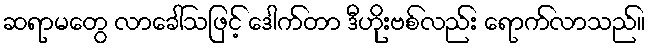
ဆရာမတွေ လာခေါ်သဖြင့် ဒေါက်တာ ဒီဟိုးဗစ်လည်း ရောက်လာသည်။